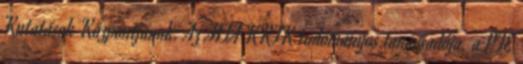
Kutatások Központjának. Az MTA KRTK tudományos tanácsadója, a PTE